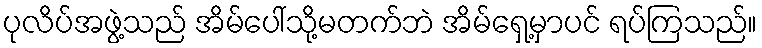
ပုလိပ်အဖွဲ့သည် အိမ်ပေါ်သို့မတက်ဘဲ အိမ်ရှေ့မှာပင် ရပ်ကြသည်။